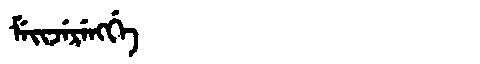
Manchu: ᠮᡝᡳᠵᡝᡵᡝᠩᡤᡝ
Romanization: MEIJERENGGE